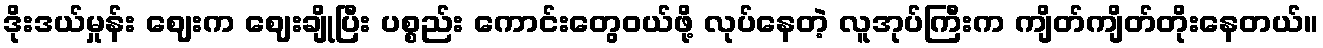
ဒိုးဒယ်မှုန်း ဈေးက ဈေးချိုပြီး ပစ္စည်း ကောင်းတွေဝယ်ဖို့ လုပ်နေတဲ့ လူအုပ်ကြီးက ကျိတ်ကျိတ်တိုးနေတယ်။